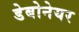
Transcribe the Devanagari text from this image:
डेबोनेयर